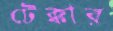
টেক্কার